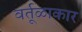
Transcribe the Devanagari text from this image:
वर्तूळाकार